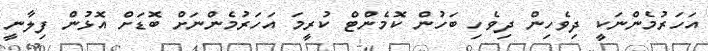
އަަހަރުމެންނަކީ ދިވެހިން ދިވެހި ބަހުން ކޮމެންޓް ކުރީމަ އަހަރުމެންނަށް ބޮޑަށް އޮޅުން ފިލާނީ